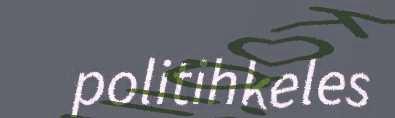
politihkeles